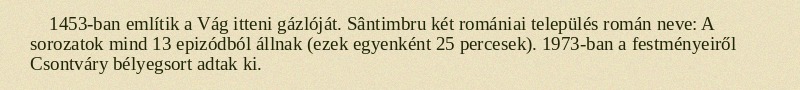
1453-ban említik a Vág itteni gázlóját. Sântimbru két romániai település román neve: A sorozatok mind 13 epizódból állnak (ezek egyenként 25 percesek). 1973-ban a festményeiről Csontváry bélyegsort adtak ki.